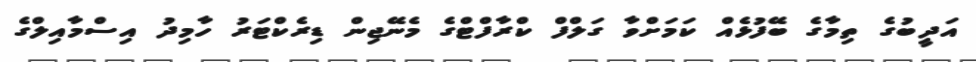
އަދީބުގެ ތިމާގެ ބޭފުޅެއް ކަމަށްވާ ގަލްފް ކްރާފްޓްގެ މެނޭޖިން ޑިރެކްޓަރު ހާމިދު އިސްމާއިލްގެ